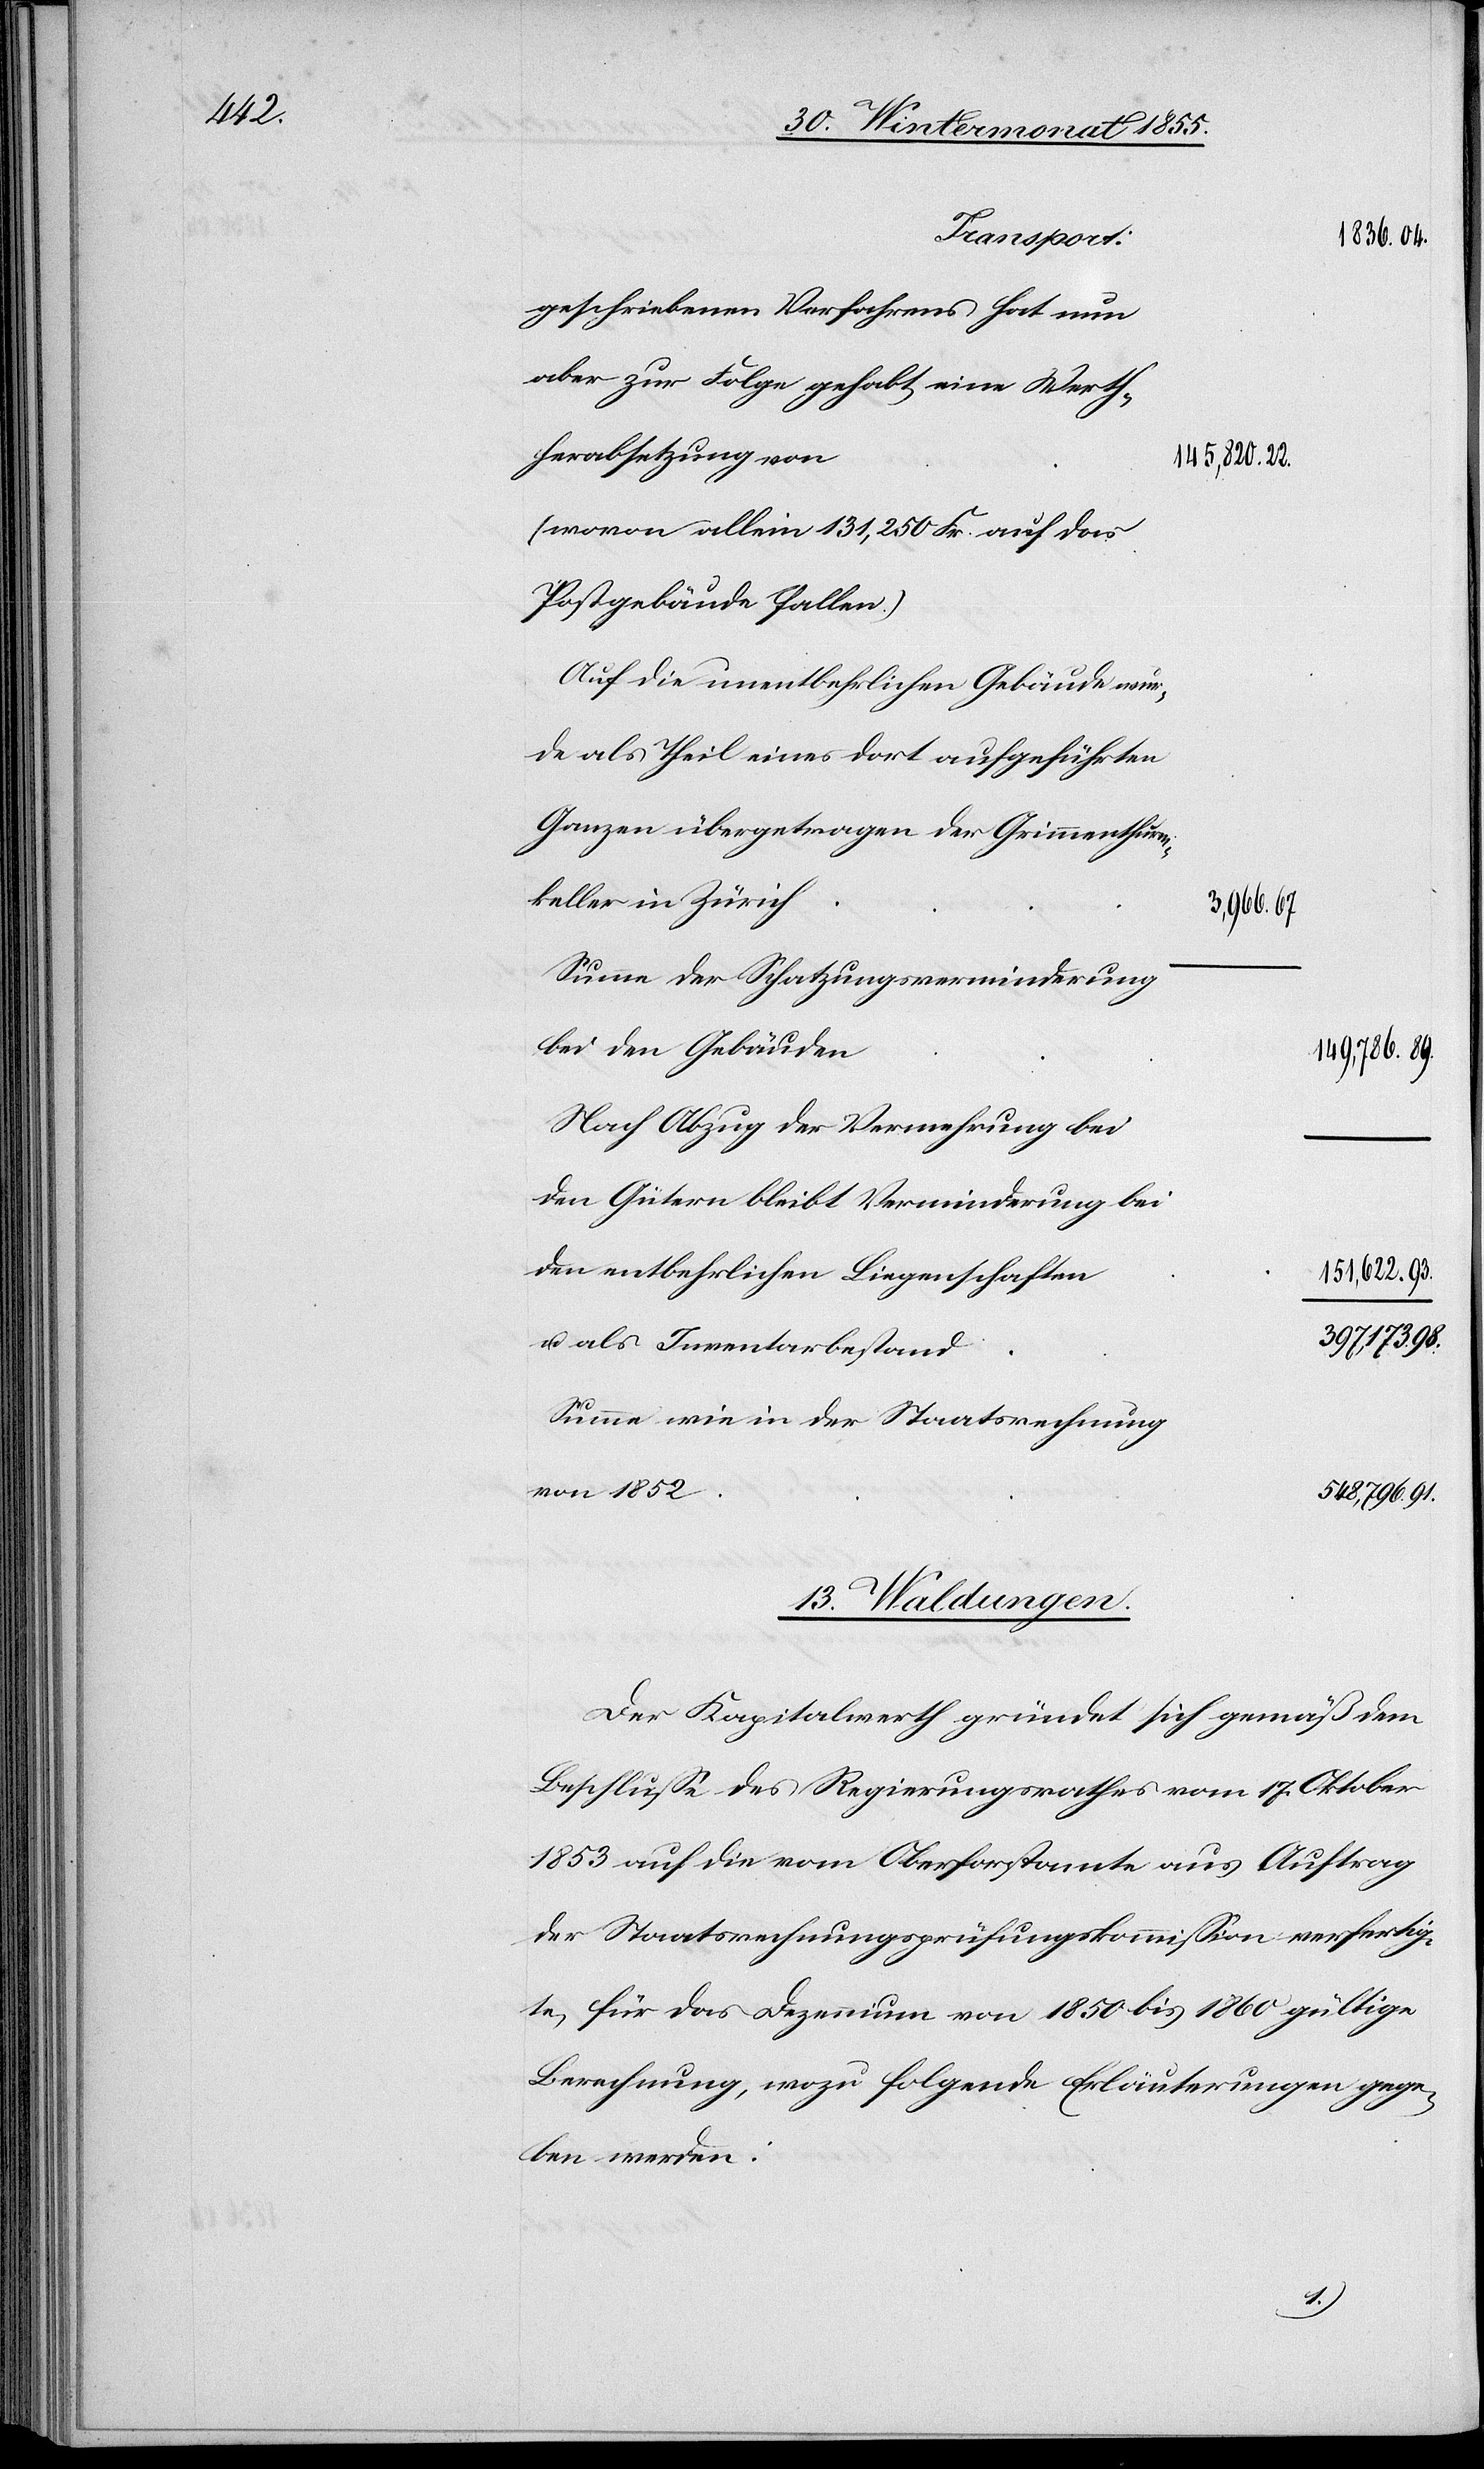
22.

geschriebenen Verfahrens hat nun
aber zur Folge gehabt eine Werth¬
herabsetzung von
145,820.
(wovon allein 131,250 Fr. auf das
Postgebäude fallen.)
Auf die unentbehrlichen Gebäude wur¬
de als Theil eines dort aufgeführten
Ganzen übergetragen der Grimmenthurm¬
keller in Zürich
3,966.
Summe der Schatzungsverminderung
bei den Gebäuden
149,786.
Nach Abzug der Vermehrung bei
den Gütern bleibt Verminderung bei
den entbehrlichen Liegenschaften
151,622.
397,173.
u. als Inventarbestand
Summe wie in der Staatsrechnung
von 1852
548,796.
13. Waldungen.
Der Kapitalwerth gründet sich gemäß dem
Beschlusse des Regierungsrathes vom 17. Oktober
1853 auf die vom Oberforstamte aus Auftrag
der Staatsrechnungsprüfungskommission verfertig¬
te, für das Dezennium von 1850 bis 1860 gültige
Berechnung, wozu folgende Erläuterungen gege¬
ben werden:
98.